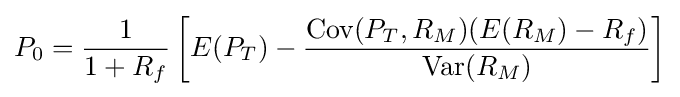
P_{0}={\frac {1}{1+R_{f}}}\left[E(P_{T})-{\frac {\mathrm {Cov} (P_{T},R_{M})(E(R_{M})-R_{f})}{\mathrm {Var} (R_{M})}}\right]